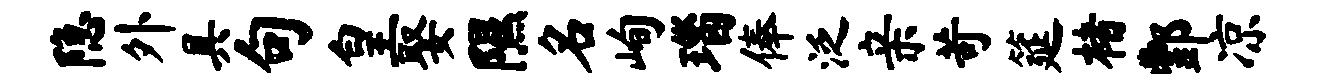
隐外具句皇娶隰名峋瑙俸泛亲苛筵楮酆凉